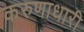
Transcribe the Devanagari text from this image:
करुणाधारी